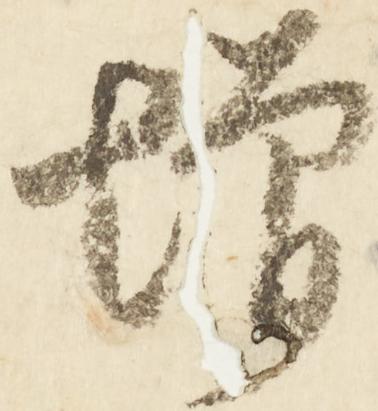
増